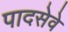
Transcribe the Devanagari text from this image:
पादसेवे